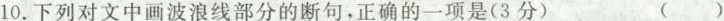
10.下列对文中画波浪线部分的断句，正确的一项是(3分) ( )